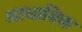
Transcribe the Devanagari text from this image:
आधानिक